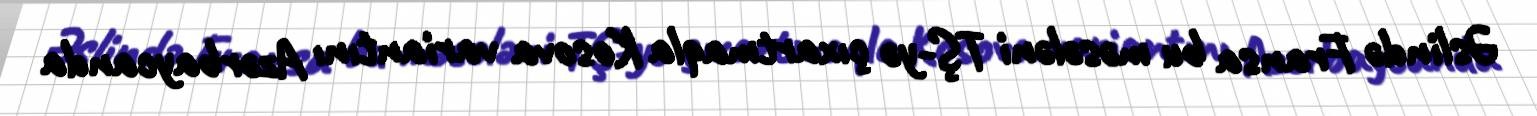
Əslində Fransa bu məsələni TŞ-yə çıxartmaqla Kosova variantını Azərbaycanda